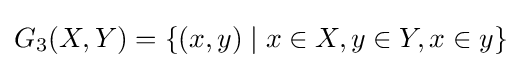
G_{3}(X,Y)=\{(x,y)\mid x\in X,y\in Y,x\in y\}